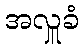
အလှူခံ